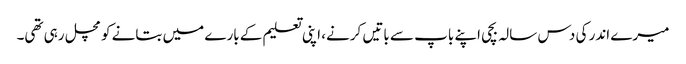
میرے اندر کی دس سالہ بچی اپنے باپ سے باتیں کرنے، اپنی تعلیم کے بارے میں بتانے کو مچل رہی تھی۔